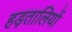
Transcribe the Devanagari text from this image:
हड़तालियों